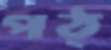
পঠ্